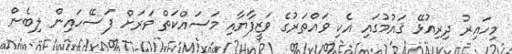
މިހައިރު ދިރިއުޅޭ ޤައުމުގައި އެކި ވައްތަރުގެ ވަޒީފާޔާއި މަސައްކަތް ވަރަށް ފަސޭހައިން ލިބެން